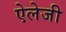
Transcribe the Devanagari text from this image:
ऐलेजी